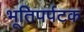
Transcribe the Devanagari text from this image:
भूतिपर्पटक